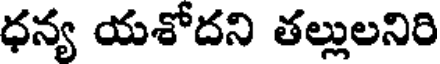
ధన్య యశోదని తల్లులనిరి